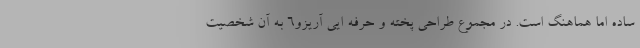
ساده اما هماهنگ است. در مجموع طراحی پخته و حرفه ایی آریزو6 به آن شخصیت